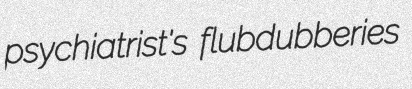
psychiatrist's flubdubberies